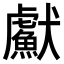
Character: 𤣏